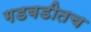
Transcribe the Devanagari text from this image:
गडबडीतच